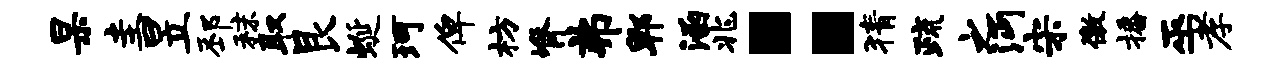
杲圭昱邳秣取艮蜒珂俾枋脊弗郫涵兆：猜疏之沔宋徼播巫孝